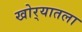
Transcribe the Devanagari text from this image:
खोर्‍यातला